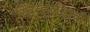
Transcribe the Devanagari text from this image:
स्वित्झर्लंडाची